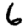
Digit: 6